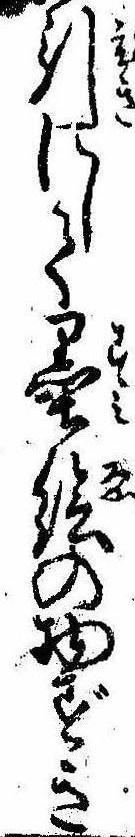
引にして墨絵の物ずき